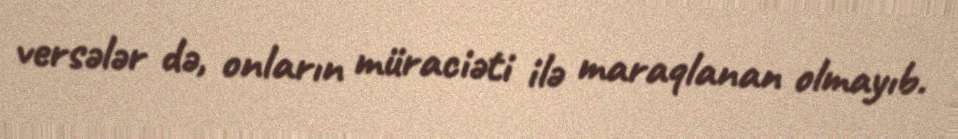
versələr də, onların müraciəti ilə maraqlanan olmayıb.